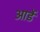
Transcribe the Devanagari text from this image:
आर्डे